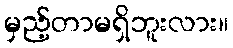
မှည့်တာမရှိဘူးလား။